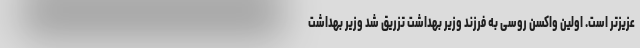
عزیزتر است. اولین واکسن روسی به فرزند وزیر بهداشت تزریق شد وزیر بهداشت